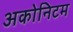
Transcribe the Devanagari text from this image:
अकोनिटम